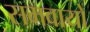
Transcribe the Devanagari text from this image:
समवायो